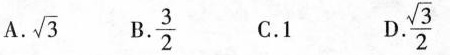
A. \sqrt{3} B. \frac{3}{2} C. 1 D. \frac{\sqrt{3}}{2}